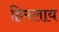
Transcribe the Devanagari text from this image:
हिमलाय